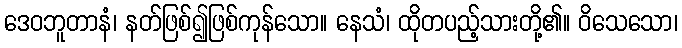
ဒေဝဘူတာနံ၊ နတ်ဖြစ်၍ဖြစ်ကုန်သော။ နေသံ၊ ထိုတပည့်သားတို့၏။ ဝိသေသော၊